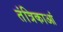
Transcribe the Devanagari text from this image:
तंत्रिकाआं